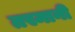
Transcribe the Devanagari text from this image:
तस्मानी